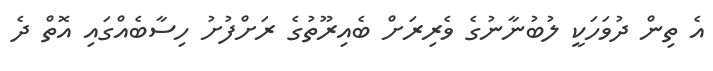
އެ ތިން ދުވަހަކީ ލުބުނާނުގެ ވެރިރަށް ބެއިރޫތުގެ ރަށްފުށު ހިސާބެއްގައި އޮތް ދެ